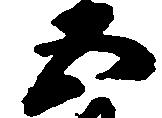
五